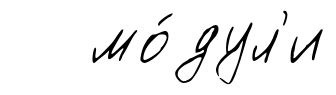
мо́дул'и